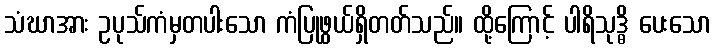
သံဃာအား ဥပုသ်ကံမှတပါးသော ကံပြုဖွယ်ရှိတတ်သည်။ ထို့ကြောင့် ပါရိသုဒ္ဓိ ပေးသော